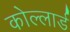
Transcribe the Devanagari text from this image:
कोल्लार्ड